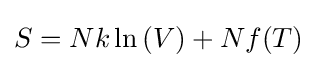
S=Nk\ln \left(V\right)+Nf(T)